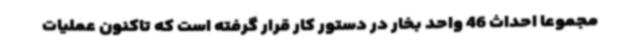
مجموعا احداث 46 واحد بخار در دستور کار قرار گرفته است که تاکنون عملیات